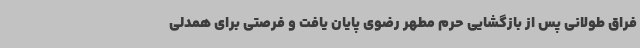
فراق طولانی پس از بازگشایی حرم مطهر رضوی پایان یافت و فرصتی برای همدلی